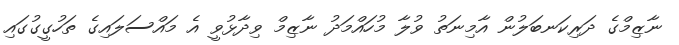
ނާޒިމްގެ ދަރިކަނބަލުން އާމިނަތު ވުލާ މުހައްމަދު ނާޒިމް ވިދާޅުވީ އެ މައްސަލައިގެ ތަހުގީގުގައި